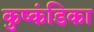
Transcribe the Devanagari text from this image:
कुष्कंडिका